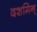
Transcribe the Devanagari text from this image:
दशमिन्‌